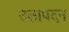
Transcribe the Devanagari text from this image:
उतापदन